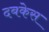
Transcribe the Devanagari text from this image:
दबकेस